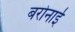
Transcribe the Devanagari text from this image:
बरोनाई